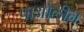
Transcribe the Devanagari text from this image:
पाओलीन